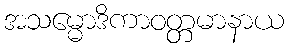
အသမ္မောဒိကာဝတ္တမာနာယ